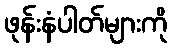
ဖုန်းနံပါတ်များကို